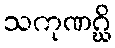
သကုဏဂ္ဃိ